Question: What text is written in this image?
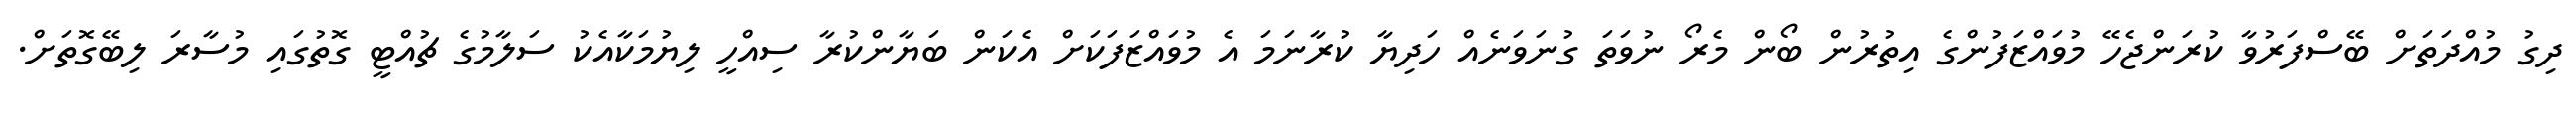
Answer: ދިގު މުއްދަތަށް ބޭސްފަރުވާ ކުރަންޖެހޭ މުވައްޒަފުންގެ އިތުރުން ބޯން މެރޯ ނުވަތަ ގުނަވަނެއް ހަދިޔާ ކުރާނަމަ އެ މުވައްޒަފަކަށް އެކަން ބަޔާންކުރާ ސިއްހީ ލިޔުމަކާއެކު ސަލާމުގެ ޗުއްޓީ ގޮތުގައި މުސާރަ ލިބޭގޮތަށް.